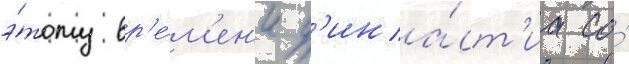
э́тому вр'е́м'ен'и д'ина́ст'иа со́